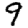
Digit: 9